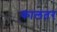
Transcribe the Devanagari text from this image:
कालतर